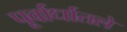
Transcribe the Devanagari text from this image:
पूर्वार्धातले